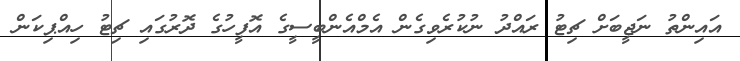
އައިންތު ނަޖީބަށް ޗިޓު ރައްދު ނުކުރެވިގެން އެމްއެންބީސީގެ އޮފީހުގެ ދޮރުގައި ޗިޓު ހިއްޕިކަން